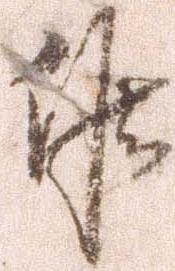
候